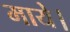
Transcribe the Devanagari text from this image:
माये।